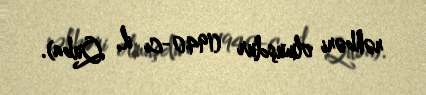
rəhbəri olmuşdur (1940-cı il, Quba).